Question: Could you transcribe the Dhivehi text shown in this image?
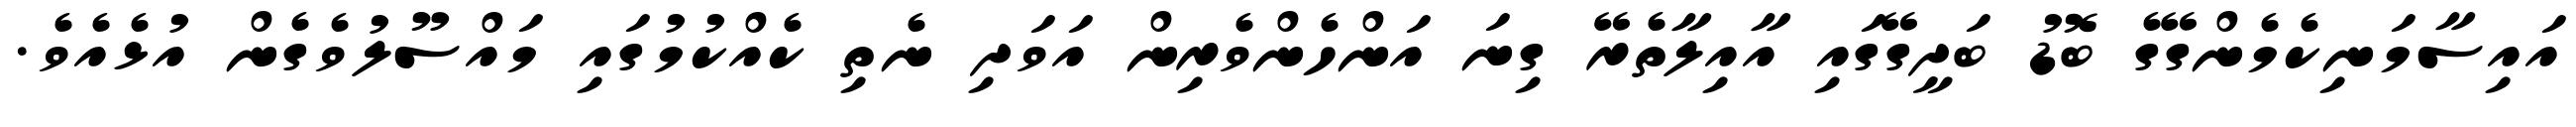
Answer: އައިސާމަނިކެމެންގޭގެ ބޮޑު ބަދީގޭގައި އާއިލާތެރޭ ގިނަ އަންހެންވެރިން އަވަދި ނެތި ކެއްކުމުގައި މައްސޫލުވެގެން އުޅެއެވެ.